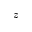
z